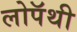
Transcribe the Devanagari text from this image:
लोपॅथी